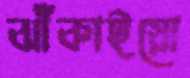
ঝাঁকাইয়ো